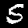
Digit: 5